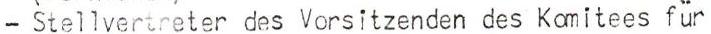
- Stellvertreter des Vorsitzenden des Komitees für